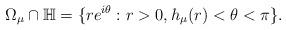
LaTeX: \begin{align*}\Omega_{\mu}\cap\mathbb{H}=\{re^{i\theta}:r>0,h_{\mu}(r)<\theta<\pi\}.\end{align*}